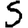
Digit: 5